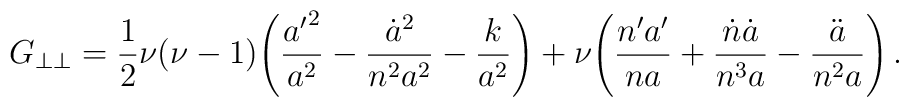
G_{\perp\perp}=\frac{1}{2}\nu(\nu-1)\!\left(\frac{{a'}^2}{a^2}-\frac{\dot{a}^2}{n^2a^2}-\frac{k}{a^2}\right)+\nu\!\left(\frac{n'a'}{na}+\frac{\dot{n}\dot{a}}{n^3a}-\frac{\ddot{a}}{n^2a}\right).